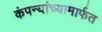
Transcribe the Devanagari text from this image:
कंपन्यांच्यामार्फत